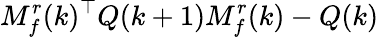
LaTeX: M_{f}^{r}(k)^{\top}Q(k+1)M_{f}^{r}(k)-Q(k)